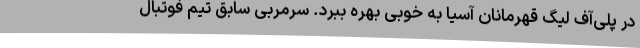
در پلی‌آف لیگ قهرمانان آسیا به خوبی بهره ببرد. سرمربی سابق تیم فوتبال